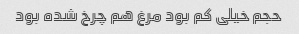
حجم خیلی کم بود مرغ هم چرخ شده بود